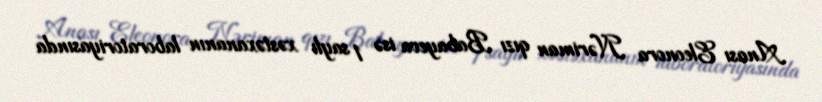
Anası Eleonora Nəriman qızı Babayeva isə 1 saylı xəstəxananın laboratoriyasında